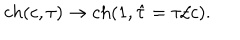
LaTeX: c h ( c , \tau ) \rightarrow c h ( 1 , \hat { \tau } = \tau / c ) .